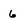
Character: 6